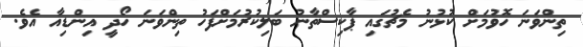
ތިންވަނަ ހޮވުމަށް ކުޅުނު މެޗުގައި ޕާކިސްތާނު ބަލިކުރުމަށްފަހު ތިންވަނަ ހޯދީ އިންޑިއާ އެވެ.